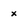
Character: x